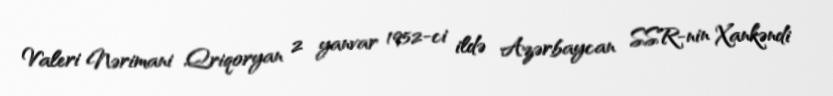
Valeri Nərimani Qriqoryan 2 yanvar 1952-ci ildə Azərbaycan SSR-nin Xankəndi